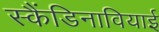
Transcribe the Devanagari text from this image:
स्कैंडिनावियाई